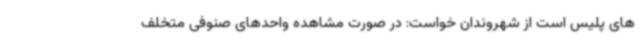
های پلیس است از شهروندان خواست: در صورت مشاهده واحدهای صنوفی متخلف